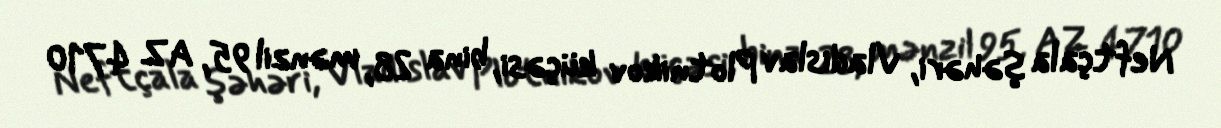
Neftçala şəhəri, Vladislav Plotnikov küçəsi, bina 28, mənzil 95, AZ 4710